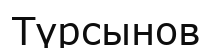
Түрсынов